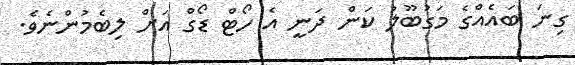
ގިނަ ބައެއްގެ މަގުބޫލު ކަން ދަނީ އެ ހޯޓް ޑޯގް އަށް ލިބެމުންނެވެ.